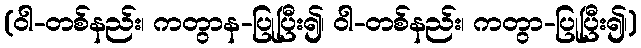
(ဝါ-တစ်နည်း၊ ကတွာန-ပြုပြီး၍၊ ဝါ-တစ်နည်း၊ ကတွာ-ပြုပြီး၍၊)